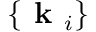
\{ \textbf { k } _ { i } \}